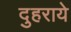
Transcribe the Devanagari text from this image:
दुहराये